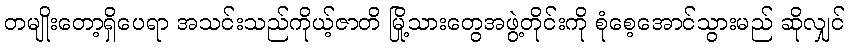
တမျိုးတော့ရှိပေရာ အသင်းသည်ကိုယ့်ဇာတိ မြို့သားတွေအဖွဲ့တိုင်းကို စုံစေ့အောင်သွားမည် ဆိုလျှင်